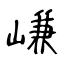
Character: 嵰